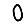
Digit: 0